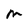
Character: m